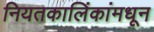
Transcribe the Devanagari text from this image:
नियतकालिंकांमधून